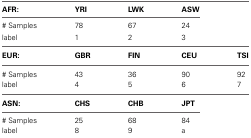
<table><thead><tr><td><b>AFR:</b></td><td><b>YRI</b></td><td><b>LWK</b></td><td><b>ASW</b></td><td></td></tr></thead><tbody><tr><td># Samples</td><td>78</td><td>67</td><td>24</td><td></td></tr><tr><td>label</td><td>1</td><td>2</td><td>3</td><td></td></tr><tr><td><b>EUR:</b></td><td><b>GBR</b></td><td><b>FIN</b></td><td><b>CEU</b></td><td><b>TSI</b></td></tr><tr><td># Samples</td><td>43</td><td>36</td><td>90</td><td>92</td></tr><tr><td>label</td><td>4</td><td>5</td><td>6</td><td>7</td></tr><tr><td><b>ASN:</b></td><td><b>CHS</b></td><td><b>CHB</b></td><td><b>JPT</b></td><td></td></tr><tr><td># Samples</td><td>25</td><td>68</td><td>84</td><td></td></tr><tr><td>label</td><td>8</td><td>9</td><td>a</td><td></td></tr></tbody></table>